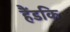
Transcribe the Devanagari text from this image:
हैंडकि